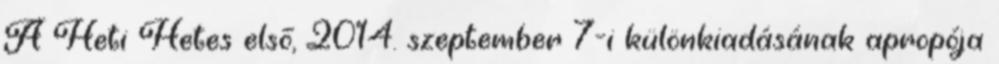
A Heti Hetes első, 2014. szeptember 7-i különkiadásának apropója